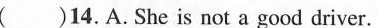
( )14.A.She is not a good driver.